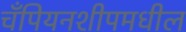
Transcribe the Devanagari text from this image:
चँपियनशीपमधील